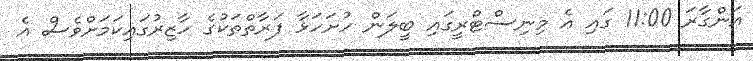
އަންގާރަ 11:00 ގައި އެ މިނިސްޓްރީގައި ބީލަން ހުށަހަޅާ ފަރާތްތަކުގެ ހާޒިރުގައިކަމަށްވެސް އެ